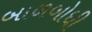
બાળબોધી